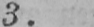
3.